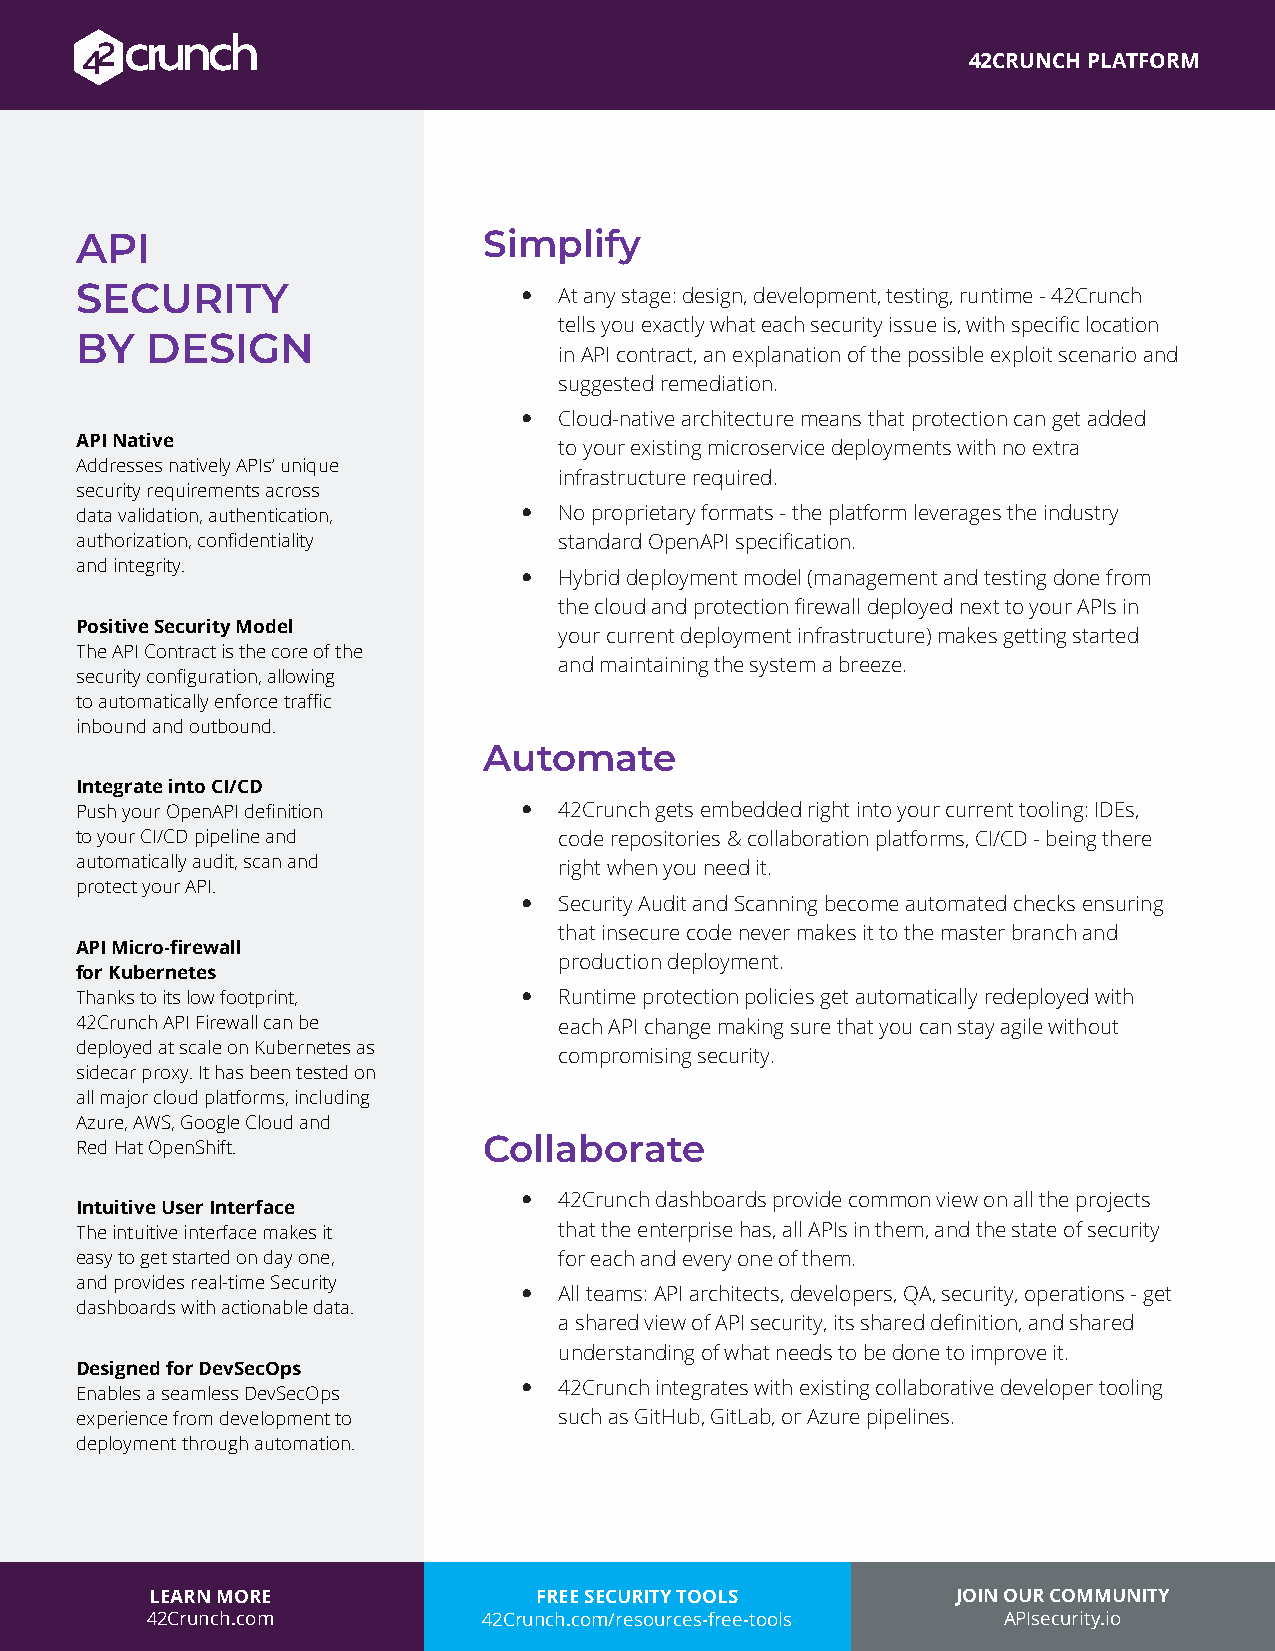
42CRUNCH PLATFORM
 API                        Simplify
 SECURITY                     y  At any stage: design, development, testing, runtime - 42Crunch
 tells you exactly what each security issue is, with specific location
 BY   DESIGN
 in API contract, an explanation of the possible exploit scenario and
 suggested remediation.
 y  Cloud-native architecture means that protection can get added
 API Native                      to your existing microservice deployments with no extra
 Addresses natively APIs’ unique
 infrastructure required.
 security requirements across
 data validation, authentication, y No proprietary formats - the platform leverages the industry
 authorization, confidentiality  standard OpenAPI specification.
 and integrity.
 y  Hybrid deployment model (management and testing done from
 the cloud and protection firewall deployed next to your APIs in
 Positive Security Model
 your current deployment infrastructure) makes getting started
 The API Contract is the core of the
 and maintaining the system a breeze.
 security configuration, allowing
 to automatically enforce traffic
 inbound and outbound.
 Automate
 Integrate into CI/CD
 Push your OpenAPI definition y  42Crunch gets embedded right into your current tooling: IDEs,
 to your CI/CD pipeline and      code repositories & collaboration platforms, CI/CD - being there
 automatically audit, scan and   right when you need it.
 protect your API.
 y  Security Audit and Scanning become automated checks ensuring
 that insecure code never makes it to the master branch and
 API Micro-firewall
 production deployment.
 for Kubernetes
 Thanks to its low footprint, y  Runtime protection policies get automatically redeployed with
 42Crunch API Firewall can be    each API change making sure that you can stay agile without
 deployed at scale on Kubernetes as
 compromising security.
 sidecar proxy. It has been tested on
 all major cloud platforms, including
 Azure, AWS, Google Cloud and
 Red Hat OpenShift.         Collaborate
 y  42Crunch dashboards provide common view on all the projects
 Intuitive User Interface
 The intuitive interface makes it that the enterprise has, all APIs in them, and the state of security
 easy to get started on day one, for each and every one of them.
 and provides real-time Security
 y  All teams: API architects, developers, QA, security, operations - get
 dashboards with actionable data.
 a shared view of API security, its shared definition, and shared
 understanding of what needs to be done to improve it.
 Designed for DevSecOps
 y  42Crunch integrates with existing collaborative developer tooling
 Enables a seamless DevSecOps
 experience from development to  such as GitHub, GitLab, or Azure pipelines.
 deployment through automation.
 LEARN MORE               FREE SECURITY TOOLS         JOIN OUR COMMUNITY
 42Crunch.com          42Crunch.com/resources-free-tools APIsecurity.io